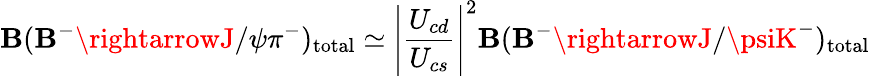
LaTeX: \mathbf{B}(\mathbf{B}^{-}\rightarrowJ/\psi\pi^{-})_{\mathrm{{total}}}\simeq\Biggl|{\frac{{U_{cd}}}{{U_{cs}}}}\Biggr|^{2}\mathbf{B}(\mathbf{B}^{-}\rightarrowJ/\psiK^{-})_{\mathrm{{total}}}